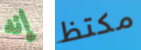
إنه مكتظ